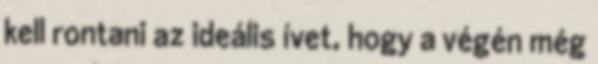
kell rontani az ideális ívet, hogy a végén még